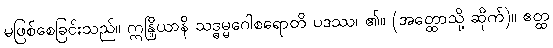
မဖြစ်စေခြင်းသည်။ ဣန္ဒြိယာနိ သဒ္ဓမ္မဂေါစရောတိ ပဒဿ၊ ၏။ (အတ္ထောသို့ ဆိုက်)။ ဧတ္ထ